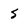
Character: 5